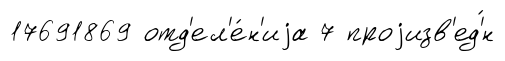
17691869 отд'ел'е́н'иjа 7 проjизв'ед'́н